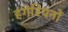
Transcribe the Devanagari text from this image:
हंगेरियनों